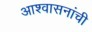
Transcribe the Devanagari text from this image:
आश्वासनांची